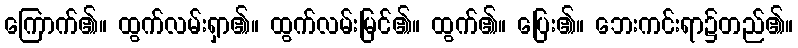
ကြောက်၏။ ထွက်လမ်းရှာ၏။ ထွက်လမ်းမြင်၏။ ထွက်၏။ ပြေး၏။ ဘေးကင်းရာ၌တည်၏။